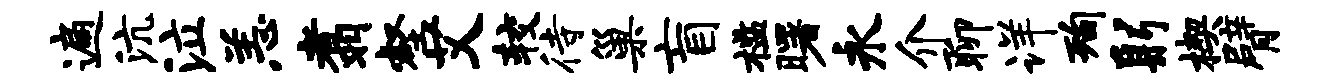
遍沆泣恙翥壑艾较待巢盲槛曙永介聊详洵躬楔臂